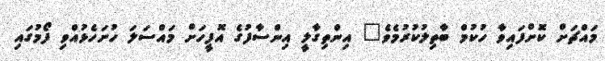
މައްޗަށް ކޮށްފައިވާ ހުކުމް ބާތިލުކުރުމެވެ" އިންތިގާލީ އިންސާފުގެ އޮފީހަށް މައްސަަލަ ހުށަހެޅުއްވި ފޯމުގައި